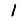
Digit: 1